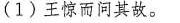
(1)王惊而问其故。